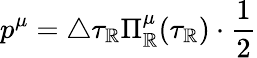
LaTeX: p^{\mu}=\triangle\tau_{\mathbb{R}}\Pi_{\mathbb{R}}^{\mu}(\tau_{\mathbb{R}})\cdot\frac{1}{2}